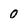
Character: 0